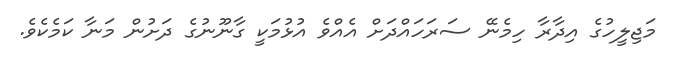
މަޖިލީހުގެ އިދާރާ ހިމެނޭ ސަރަހައްދަށް އެއްވެ އުޅުމަކީ ގާނޫނުގެ ދަށުން މަނާ ކަމެކެވެ.